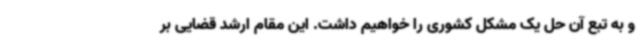
و به تبع آن حل یک مشکل کشوری را خواهیم داشت. این مقام ارشد قضایی بر